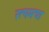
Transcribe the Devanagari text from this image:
रत्नमचा